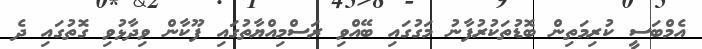
އެމްބަސީ ކުރިމަތިން ބޮޑުތަކުރުފާނު މަގުގައި ބޭއްވި ރަސްމިއްޔާތުގައި ފޫކާން ވިދާޅުވި ގޮތުގައި ދެ